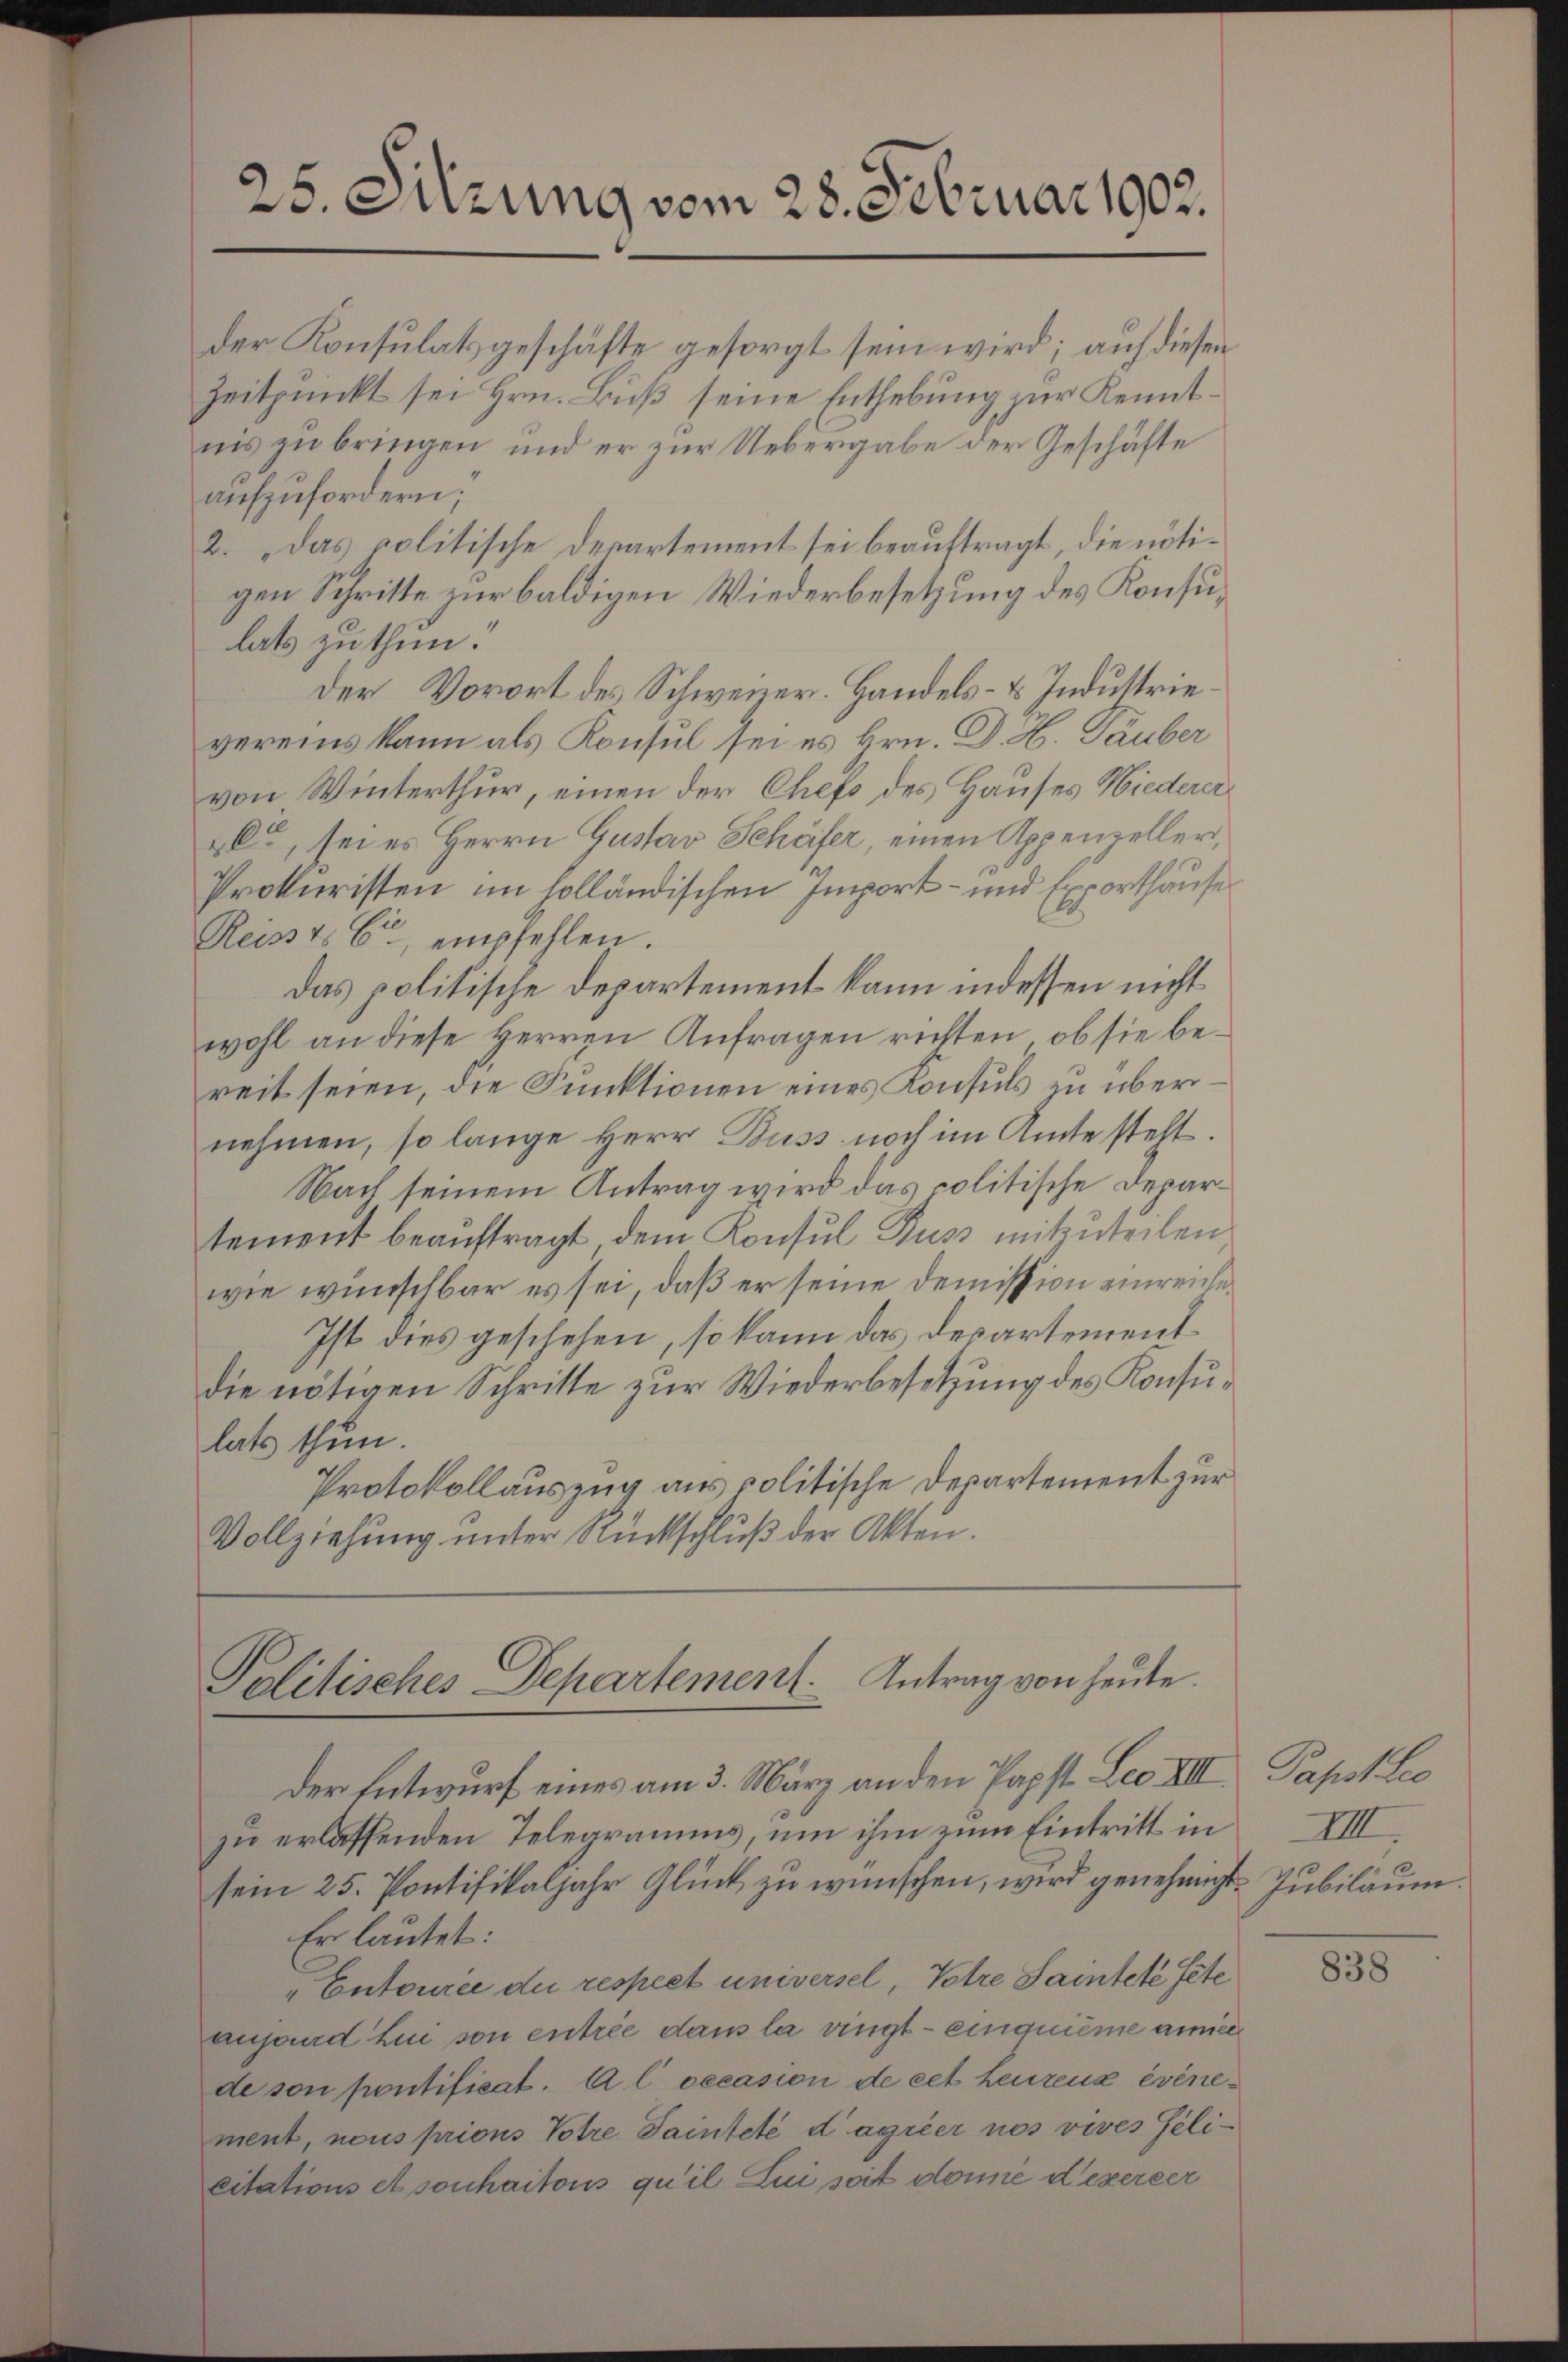
25. Sitzung vom 28. Februar 1902.

der Konsulatsgeschäfte gesorgt sein wird; auf diesen
Zeitpunkt sei Hrn. Buß seine Enthebung zur Kenntnis zu bringen und er zur Uebergabe der Geschäfte
aufzufordern;
2. Das colitische derartement sei beauftragt, die nötigen Schritte zur baldigen Wiederbesetzung des Konsulat zu thun.
Der Vorort des Schweiner. Handels- & Industrievereins kann als Konsul sei es Hrn. D. H. Tauber
von Winterthur, einen der Chefs des Hauses Wiederer
&Ca, sei es Herrn Gustav Schäfer, einen Appenzeller,
Prokuristen im holländischen Import- und Exporthause
Reisst. C, empfehlen.
das politische Departement kann indessen nicht
wohl an diese Herren Anfragen richten, ob sie bereit seien, die Funktionen eines Konsuls zu übernehmen, so lange Herr Buss noch im Amte steht.
Nach seinem Antrag wird das politische Departement beauftragt dem Konsul Kuss mitzuteilen
wie wünschbar es sei, daß er seine Demission einreiche
Ist dies geschehen, so kann das desartementdie nötigen Schritte zur Wiederbesetzung des Konsulats thun.
Protokollauszug aus politische Departement zur
Vollziehung unter Rückschluß der Akten.

Politisches Departement. Antrag von heute.

Der Entwurf eines am 3. März an den Papst Leo VIII.
zu erlassenden Telegramms, um ihm zum Eintritt in
sein 25. Pontifikaljahr Glück zu wünschen, wird genehmigt.
Er lautet:
"Entouree die respect universel, Votre Saintete Pete
ansend Lui son entrée dans la ringt – einquième amie
de son pontificat. A l oecasion de cet heurenz événement, nous prions Votre Sainteté d’agréer nos vives Gelicitations et sonhaitons qu’il lui soit donne dezereer

Papstlic
IIII.
Jubiläum.

838